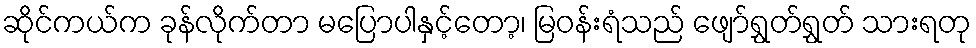
ဆိုင်ကယ်က ခုန်လိုက်တာ မပြောပါနှင့်တော့၊ မြဝန်းရံသည် ဖျော်ရွှတ်ရွှတ် သားရတု